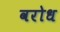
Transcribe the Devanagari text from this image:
वरोध